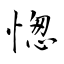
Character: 愡